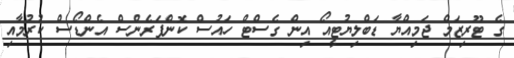
ގެ ޓޫރިޒަމް ޖަމިއްޔާ ޑަބްލިޔުޓީއޯ އިން ގެސްޓް ހައުސް ކޮންފަރެންސް އެންޑޯސް ކުރުމާއި